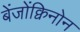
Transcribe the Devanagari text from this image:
बेंजोंक्विनोन